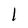
Character: 1